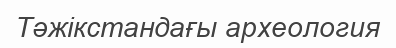
Тәжікстандағы археология